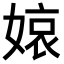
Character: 𡟓